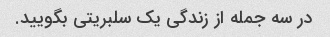
در سه جمله از زندگی یک سلبریتی بگویید.